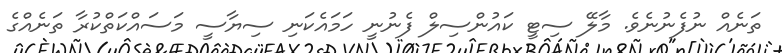
ތަނެއް ނުފެނުނެވެ. މާލޭ ސިޓީ ކައުންސިލް ފެނުނީ ހަމައެކަނި ސިޔާސީ މަސައްކަތްކުރާ ތަނެއްގެ